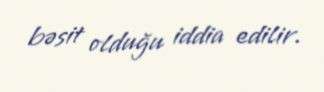
bəsit olduğu iddia edilir.